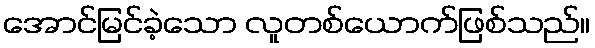
အောင်မြင်ခဲ့သော လူတစ်ယောက်ဖြစ်သည်။